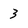
Character: 3